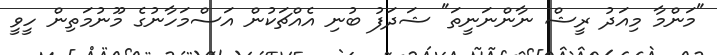
"މަންމާ މިއަދު ރީޝް ނާންނަނީތަ" ޝަދަފު ބުނި އެއްޗަކުން އަސްމަހާނުގެ މޫނުމަތިން ހީވީ